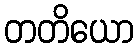
တတိယော